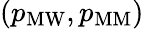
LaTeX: (p_{\mathrm{MW}},p_{\mathrm{MM}})